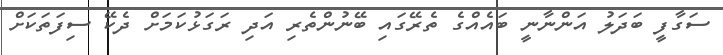
ސަގާފީ ބަދަލު އަންނާނީ ބައެއްގެ ތެރޭގައި ބޭނުންތެރި އަދި ރަގަޅުކަމަށް ދެކޭ ސިފަތަކަށް